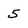
Character: 5